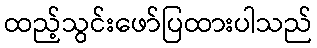
ထည့်သွင်းဖော်ပြထားပါသည်